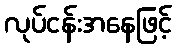
လုပ်ငန်းအနေဖြင့်